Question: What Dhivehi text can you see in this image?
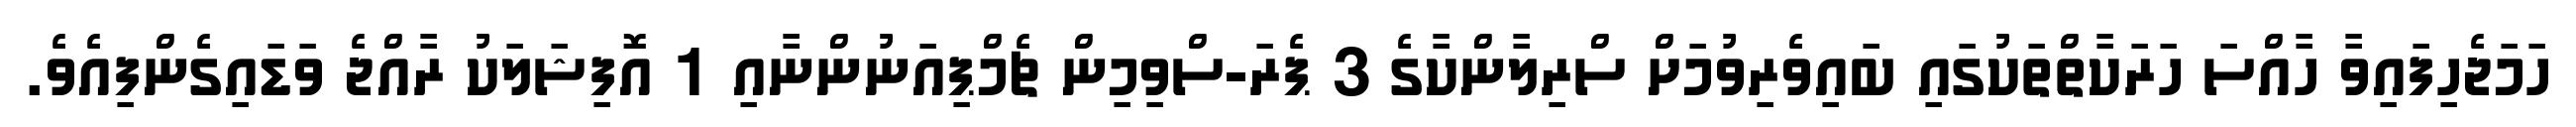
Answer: ހަމަޖެހިފައިވާ ހާއްސަ ހަރަކާތްތަކުގައި ބައިވެރިވުމަށް ސްރިލާންކާގެ 3 ޕެރަ-ސްވިމިން ޗެމްޕިއަނުންނާއި 1 އޮފިޝަލަކު ރާއްޖެ ވަޑައިގެންފިއެވެ.